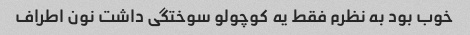
خوب بود به نظرم فقط یه کوچولو سوختگی داشت نون اطراف